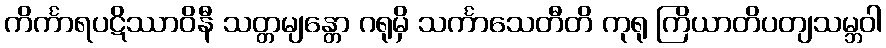
ကိင်္ကာရပဋိဿာဝိနီ သတ္တမျန္တော ဂရုမှိ သင်္ကာသေတီတိ ကုရု ကြိယာတိပတျသမ္ဘဝါ